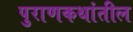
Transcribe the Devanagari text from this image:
पुराणकथांतील